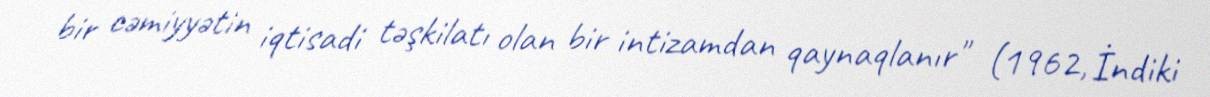
bir cəmiyyətin iqtisadi təşkilatı olan bir intizamdan qaynaqlanır" (1962, İndiki